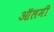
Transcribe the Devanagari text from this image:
ऑलमी